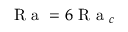
\mathrm { ~ R ~ a ~ } = 6 \mathrm { ~ R ~ a ~ } _ { c }